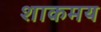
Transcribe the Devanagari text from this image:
शाकमय